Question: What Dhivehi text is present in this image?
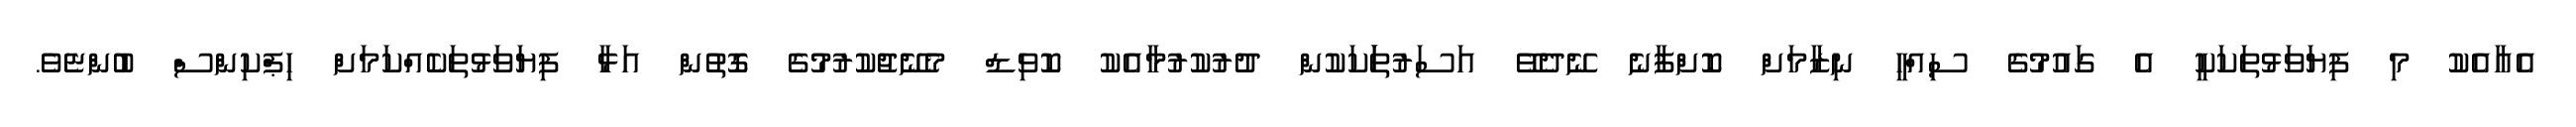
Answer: އެއާއެކު މި ފިޔަވަޅުތަކަކީ އެ ގައުމުގެ ސިއްހީ ނިޒާމަށް ކޮށްފާނެ ނޭދެވޭ އަސަރުތަަކަކުން ދުރުކުރުމާއެކު ކޮވިޑް މެނޭޖުކުރުމުގެ ގޮތުން އަޅާ ފިޔަވަޅުތަކެއްކަމަށް ހިޕްކިންސް ބުންޏެވެ.